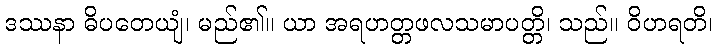
ဒဿနာ ဓိပတေယျံ၊ မည်၏။ ယာ အရဟတ္တဖလသမာပတ္တိ၊ သည်။ ဝိဟရတိ၊